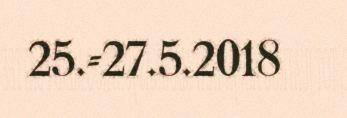
25.-27.5.2018